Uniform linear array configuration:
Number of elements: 8
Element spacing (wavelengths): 0.75
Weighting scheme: binomial
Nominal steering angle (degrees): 60
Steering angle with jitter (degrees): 60.359
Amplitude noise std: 0.05
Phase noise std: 0.05

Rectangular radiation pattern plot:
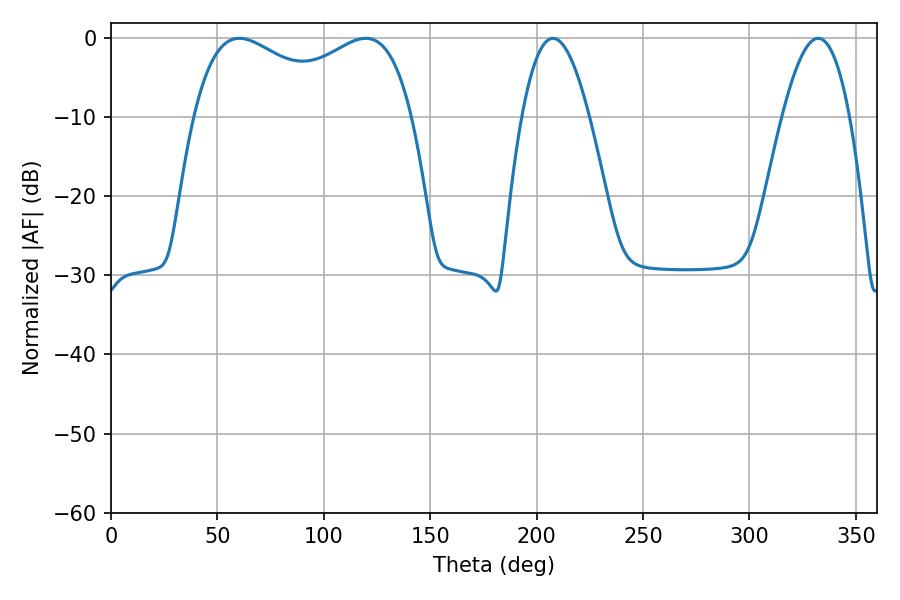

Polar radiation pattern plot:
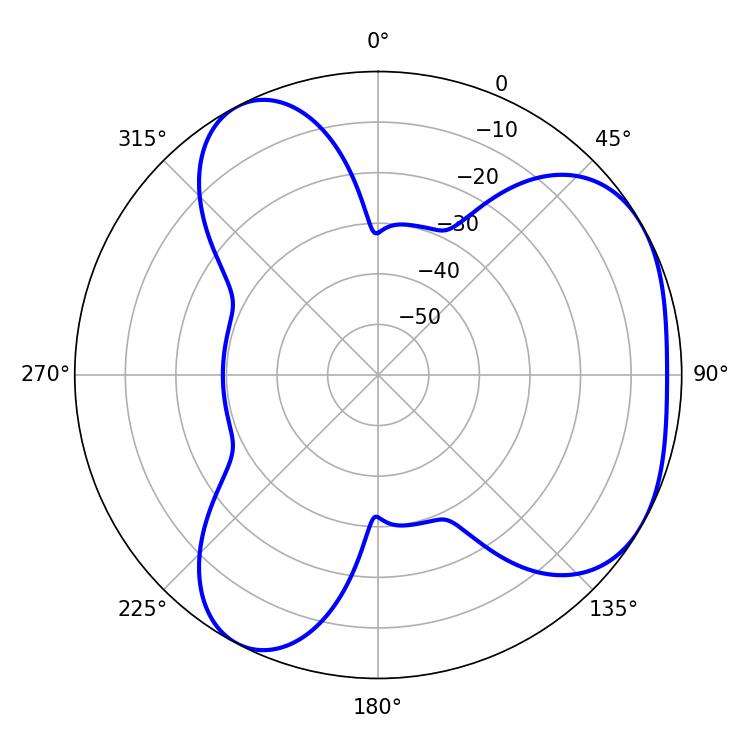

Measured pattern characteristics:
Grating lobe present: TRUE
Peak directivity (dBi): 4.16
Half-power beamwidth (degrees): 85.32
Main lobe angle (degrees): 60.3